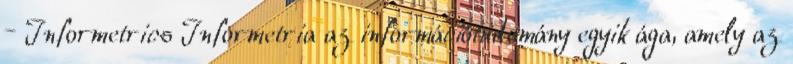
– Informetrics Informetria az információtudomány egyik ága, amely az